Eesti_Rahvusfond, lk 10
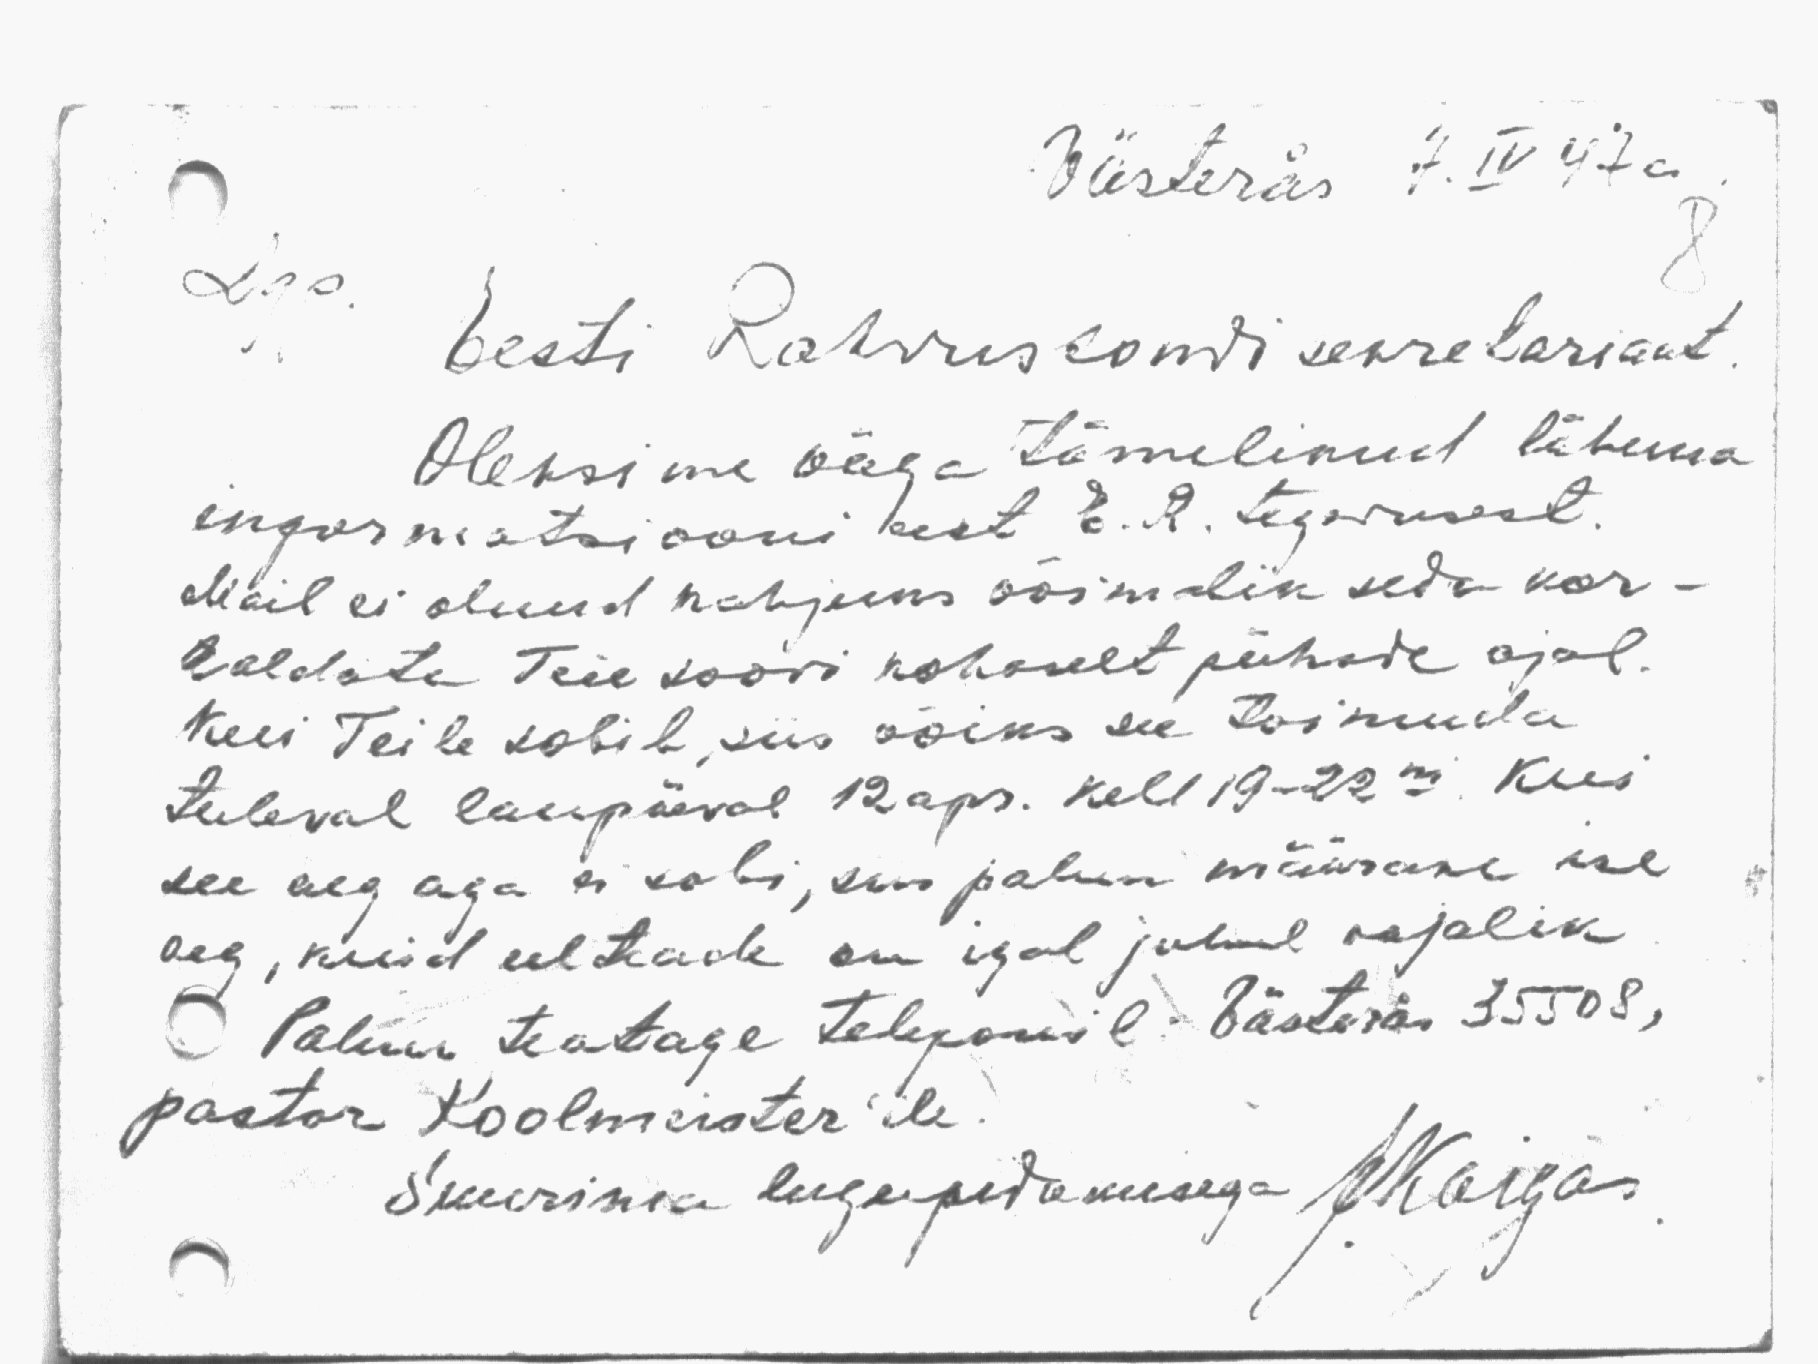
8
Västerås 7. IV 47 a
Lgp.
Eesti Rahvusfondi sekretariaat.
Oleksime väga tänulikud lähema
informatsiooni eest E. R. tegevusest.
Meil ei olnud kahjuks võimalik seda kor-
aldata Teie soovi kohaselt pühade ajal.
Kui Teile sobib, siis võiks see toimuda
tuleval laupäeval 12 apr. kell 19-22ni. Kui
see aeg aga ei sobi, siis palun määrake ise
aeg, kuid eelteade on igal juhul vajalik
Palun teatage telefonil: Västerås 35508,
pastor Koolmeister'ile
Suurima lugupidamisega JKaigas